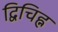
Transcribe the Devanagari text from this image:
द्विचिह्न